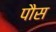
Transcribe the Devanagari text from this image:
पौस